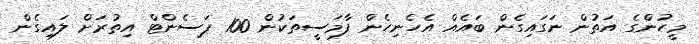
މީހުންގެ އަތުން ނަގައިގެން ބައެއް އެހެނިހެން ފާމަސީތަކުން 100 ޕަސެންޓް އިތުރަށް ލައިގެން